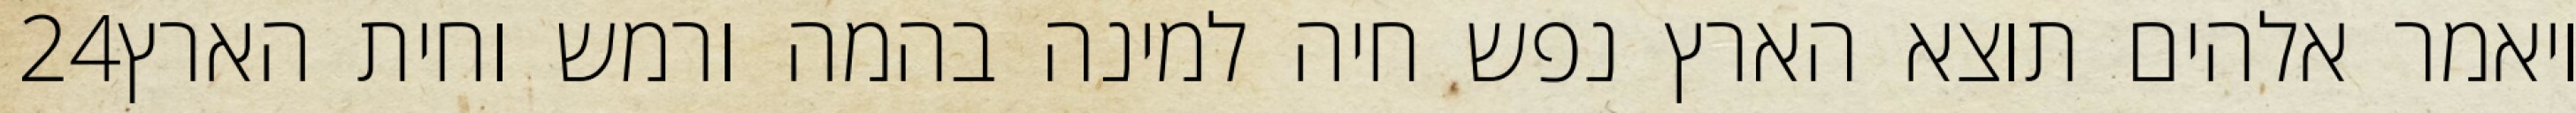
‎24‏ ויאמר אלהים תוצא הארץ נפש חיה למינה בהמה ורמש וחית הארץ